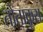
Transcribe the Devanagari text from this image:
तोताकूरा